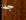
جدا